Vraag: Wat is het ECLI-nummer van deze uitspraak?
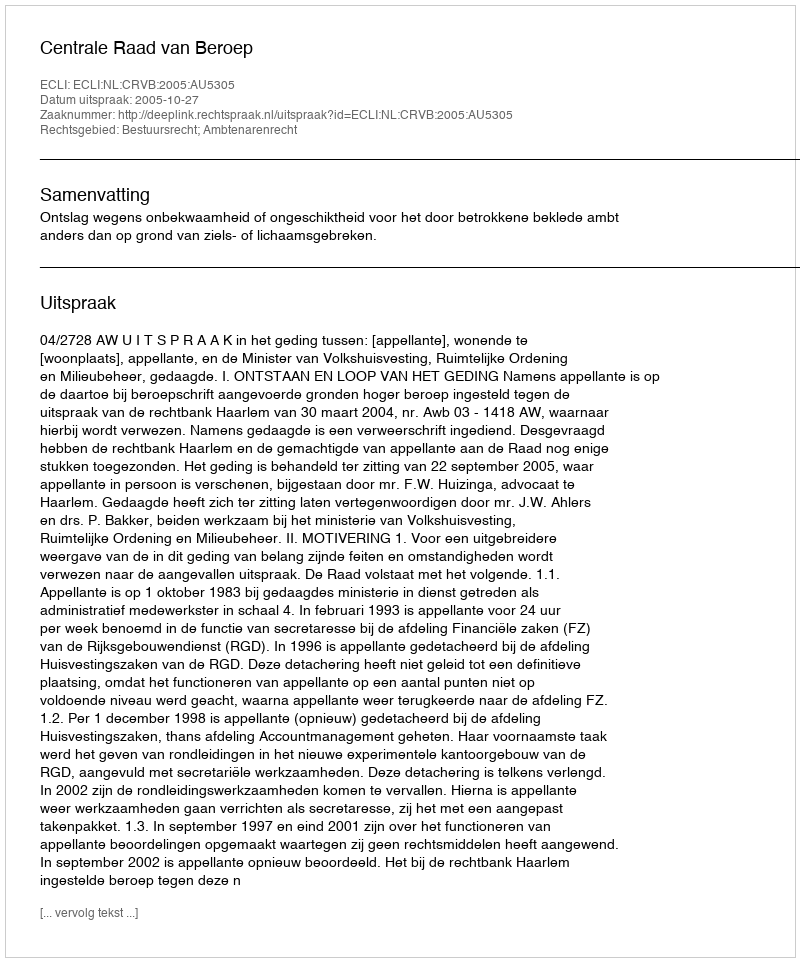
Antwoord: ECLI:NL:CRVB:2005:AU5305